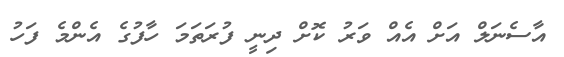
އާސެނަލް އަށް އެއް ވަރު ކޮށް ދިނީ ފުރަތަމަ ހާފުގެ އެންމެ ފަހު